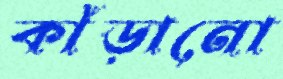
কাঁড়ানো